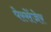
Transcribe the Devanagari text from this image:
पेस्सेंजेर